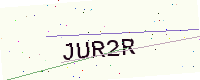
Text: JUR2R